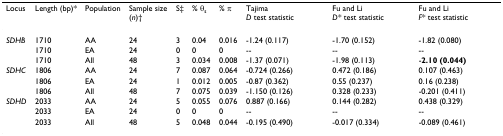
| Locus | Length (bp)* | Population | Sample size(n)† | S‡ | % θs | % π | TajimaD test statistic | Fu and LiD* test statistic | Fu and LiF* test statistic |
 | --- | --- | --- | --- | --- | --- | --- | --- | --- | --- |
 | SDHB | 1710 | AA | 24 | 3 | 0.04 | 0.016 | -1.24 (0.117) | -1.70 (0.152) | -1.82 (0.080) |
 |  | 1710 | EA | 24 | 0 | 0 | 0 | -- | -- | -- |
 |  | 1710 | All | 48 | 3 | 0.034 | 0.008 | -1.37 (0.071) | -1.98 (0.113) | -2.10 (0.044) |
 | SDHC | 1806 | AA | 24 | 7 | 0.087 | 0.064 | -0.724 (0.266) | 0.472 (0.186) | 0.107 (0.463) |
 |  | 1806 | EA | 24 | 1 | 0.012 | 0.005 | -0.87 (0.362) | 0.55 (0.237) | 0.16 (0.238) |
 |  | 1806 | All | 48 | 7 | 0.075 | 0.039 | -1.150 (0.126) | 0.328 (0.233) | -0.201 (0.411) |
 | SDHD | 2033 | AA | 24 | 5 | 0.055 | 0.076 | 0.887 (0.166) | 0.144 (0.282) | 0.438 (0.329) |
 |  | 2033 | EA | 24 | 0 | 0 | 0 | -- | -- | -- |
 |  | 2033 | All | 48 | 5 | 0.048 | 0.044 | -0.195 (0.490) | -0.017 (0.334) | -0.089 (0.461) |